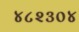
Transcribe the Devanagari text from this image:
४८२३०४